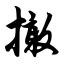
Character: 撖